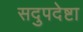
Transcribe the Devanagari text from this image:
सदुपदेष्टा